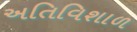
અતિવિશાળ